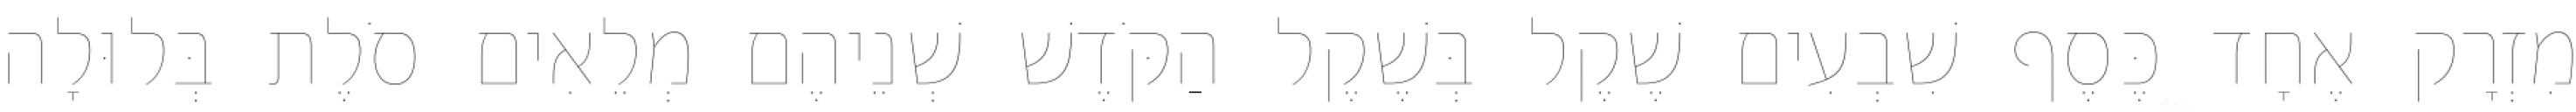
מִזְרָק אֶחָד כֶּסֶף שִׁבְעִים שֶׁקֶל בְּשֶׁקֶל הַקֹּדֶשׁ שְׁנֵיהֶם מְלֵאִים סֹלֶת בְּלוּלָה